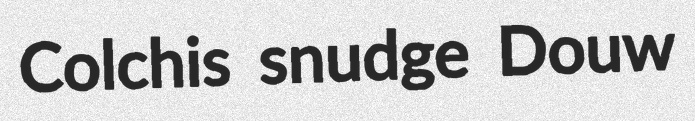
Colchis snudge Douw